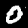
Label: 0